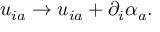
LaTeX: u _ { i a } \rightarrow u _ { i a } + \partial _ { i } \alpha _ { a } .